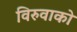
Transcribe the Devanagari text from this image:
विरुवाको